Vaccination report Assam 1896-1927 - 1896-1927
Year: 1896
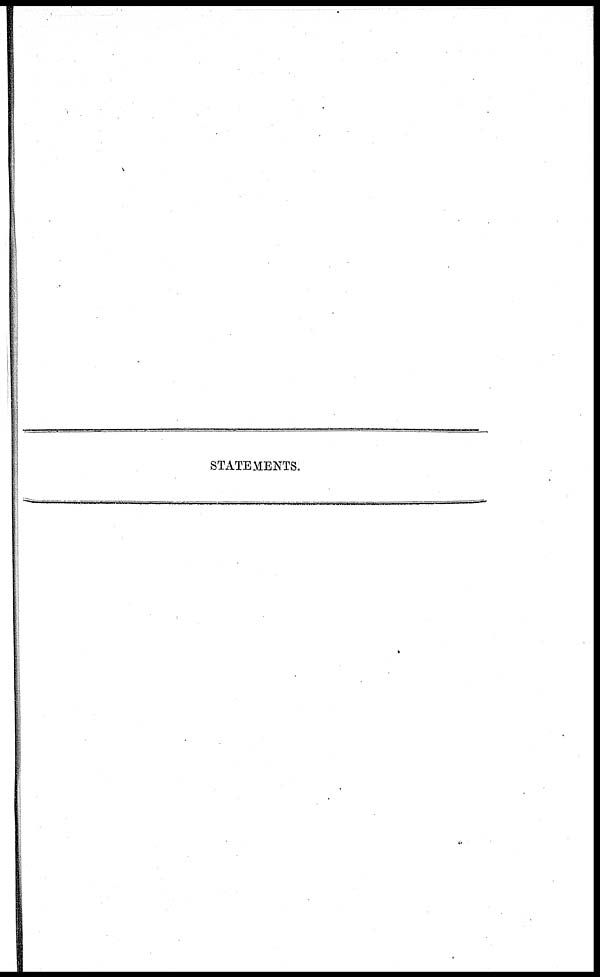
STATEMENTS.